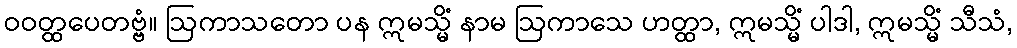
ဝဝတ္ထပေတဗ္ဗံ။ ဩကာသတော ပန ဣမသ္မိံ နာမ ဩကာသေ ဟတ္ထာ, ဣမသ္မိံ ပါဒါ, ဣမသ္မိံ သီသံ,